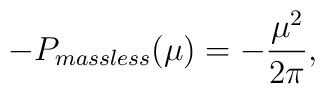
-P_{massless}(\mu) = - \frac{\mu^2}{2\pi},